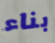
بناء